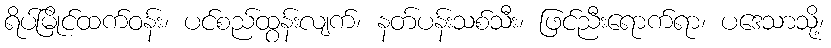
ရိပ်မြိုင်ထက်ဝန်း၊ ပင်စည်ထွန်းလျက်၊ နတ်ပန်းသစ်သီး၊ ဖြင်ညီးရောက်ရာ၊ ပဒေသာသို့၊